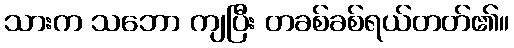
သားက သဘော ကျပြီး တခစ်ခစ်ရယ်တတ်၏။